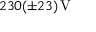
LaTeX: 2 3 0 ( \pm 2 3 ) \, \mathrm { V }